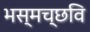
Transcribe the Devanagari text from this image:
भस्मच्छवि